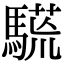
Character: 𩥒